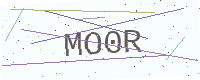
Text: MO0R